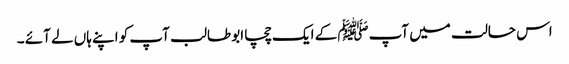
اس حالت میں آپﷺ کے ایک چچا ابو طالب آپ کو اپنے ہاں لے آئے ۔